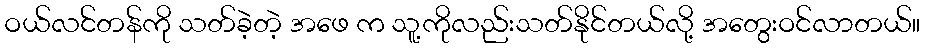
ဝယ်လင်တန်ကို သတ်ခဲ့တဲ့ အဖေ က သူ့ကိုလည်းသတ်နိုင်တယ်လို့ အတွေးဝင်လာတယ်။